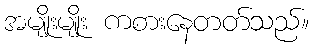
အမျိုးမျိုး ကစားနေတတ်သည်။